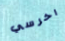
اخرسي